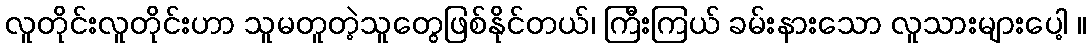
လူတိုင်းလူတိုင်းဟာ သူမတူတဲ့သူတွေဖြစ်နိုင်တယ်၊ ကြီးကြယ် ခမ်းနားသော လူသားများပေါ့ ။